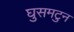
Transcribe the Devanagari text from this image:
घुसमटुन